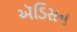
ઍડિસન